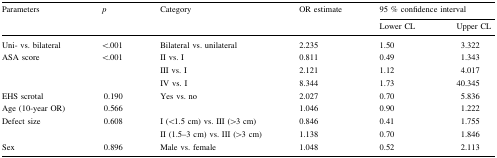
<table><thead><tr><td><b>Parameters</b></td><td><b><i>p</i></b></td><td><b>Category</b></td><td><b>OR estimate</b></td><td colspan="2"><b>95 % confidence interval</b></td></tr><tr><td>[EMPTY_CELL]</td><td>[EMPTY_CELL]</td><td>[EMPTY_CELL]</td><td>[EMPTY_CELL]</td><td><b>Lower CL</b></td><td><b>Upper CL</b></td></tr></thead><tbody><tr><td>Uni- vs. bilateral</td><td>&lt;.001</td><td>Bilateral vs. unilateral</td><td>2.235</td><td>1.50</td><td>3.322</td></tr><tr><td rowspan="3">ASA score</td><td rowspan="3">&lt;.001</td><td>II vs. I</td><td>0.811</td><td>0.49</td><td>1.343</td></tr><tr><td>III vs. I</td><td>2.121</td><td>1.12</td><td>4.017</td></tr><tr><td>IV vs. I</td><td>8.344</td><td>1.73</td><td>40.345</td></tr><tr><td>EHS scrotal</td><td>0.190</td><td>Yes vs. no</td><td>2.027</td><td>0.70</td><td>5.836</td></tr><tr><td>Age (10-year OR)</td><td>0.566</td><td>[EMPTY_CELL]</td><td>1.046</td><td>0.90</td><td>1.222</td></tr><tr><td rowspan="2">Defect size</td><td rowspan="2">0.608</td><td>I (&lt;1.5 cm) vs. III (&gt;3 cm)</td><td>0.846</td><td>0.41</td><td>1.755</td></tr><tr><td>II (1.5–3 cm) vs. III (&gt;3 cm)</td><td>1.138</td><td>0.70</td><td>1.846</td></tr><tr><td>Sex</td><td>0.896</td><td>Male vs. female</td><td>1.048</td><td>0.52</td><td>2.113</td></tr></tbody></table>